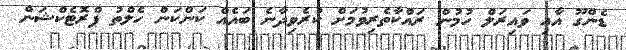
ޑެންގޫ އާއި ވައިރަލް ހުމުން ރައްކާތެރިވުމަށް ކުރެވިދާނެ ބައެއް ކަންކަން ހެލްތު ޕްރޮޓެކްޝަން